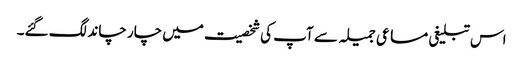
اس تبلیغی مساعی جمیلہ سے آپ کی شخصیت میں چار چاند لگ گئے۔